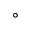
^ \circ